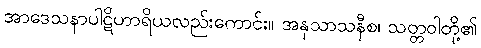
အာဒေသနာပါဋိဟာရိယလည်းကောင်း။ အနုသာသနီစ၊ သတ္တဝါတို့၏